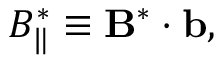
\begin{array} { r } { B _ { \| } ^ { * } \equiv { \bf B } ^ { * } \cdot { \bf b } , } \end{array}